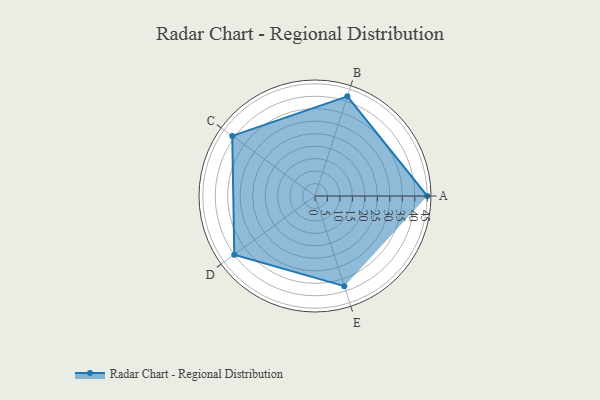
{"axis": {"x": "Skill", "y": "Score"}, "legend": ["Profile"], "data": [{"x": "A", "y": 45.0, "type": "Profile"}, {"x": "B", "y": 42.0, "type": "Profile"}, {"x": "C", "y": 41.0, "type": "Profile"}, {"x": "D", "y": 40.0, "type": "Profile"}, {"x": "E", "y": 38.0, "type": "Profile"}]}